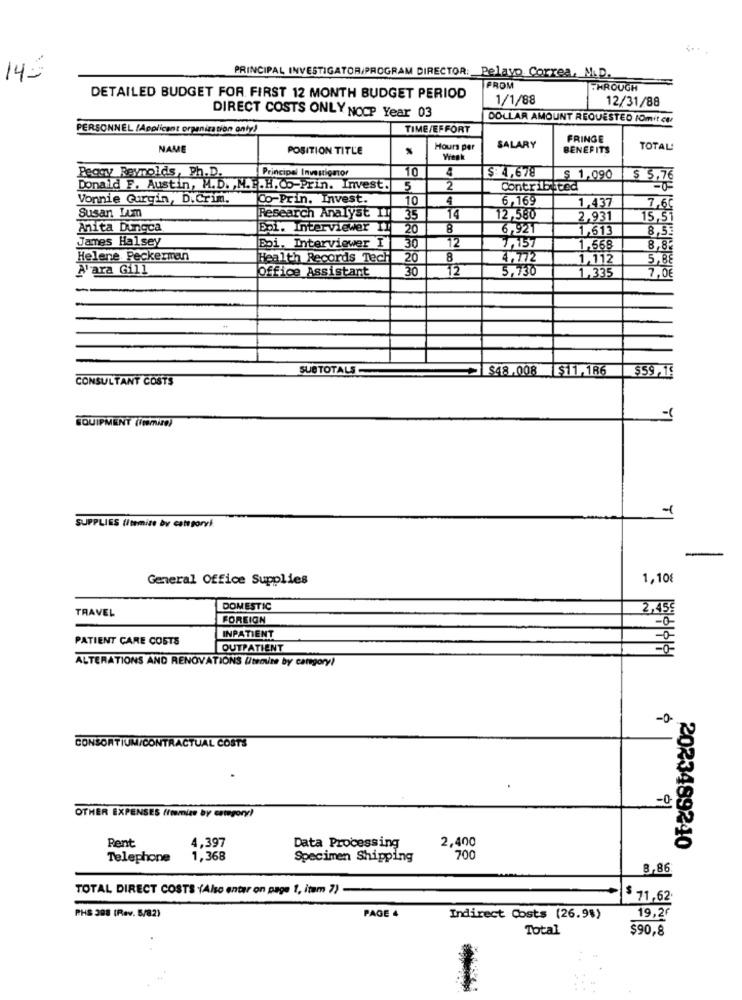
145
PRINCIPAL INVESTIGATOR/PROGRAM DIRECTOR: Pelayo Correa, M.D.
FROM
THROUGH
DETAILED BUDGET FOR FIRST 12 MONTH BUDGET PERIOD
1/1/88
12/31/88
DIRECT COSTS ONLY NOCP Year 03
DOLLAR AMOUNT REQUESTED IOmit co
PERSONNEL (Applicant organization onty)
TIME/EFFORT
FRINGE
NAME
POSITION TITLE
%
Hours per
SALARY
BENEFITS
TOTAL!
Weak
Principal Investigator
10
$: 4,678
Peggy Reynolds, Ph.D.
$ 1,090
$ 5.76
Donald F. Austin, M.D. N.P.H.C .- Prin. Invest.
5
2
Contribiced
Vonnie Gurgin, D.Crim.
JCo-Prin. Invest.
10
4
6,169
1.437
7,60
Susan Lim
Research Analyst I!
35
14
12,580
2,931
15,51
Anita Dungca
Eol. Interviewer IT
20
8
6,921
1,613
8,53
James Halsey
Epi. Interviewer I
12
30
7,157
1.568
8,8
Helene. Peckerman
Health Records Tech
20
8
4,772
1,112
5,88
A'ara Gill
Office Assistant
30
12
5,730
1.335
7,0€
SUB TOTALS
$48,008
$11,186
$59,19
CONSULTANT COSTS
EQUIPMENT (İçmire)
-1
SUPPLIES (Itemize bv categoryk
General Office Supplies
1,10€
TRAVEL
DOMESTIC
2,45€
FOREIGN
PATIENT CARE COSTS
INPATIENT
OUTPATIENT
ALTERATIONS AND RENOVATIONS U/temize by category!
-0
CONSORTIUM/CONTRACTUAL COSTS
-0
OTHER EXPENSES fimmize by category)
Rent
4,397
2,400
Data Processing
2023489240
Telephone
1,368
Specimen Shipping
700
8,86
TOTAL DIRECT COSTS (Also entar on page 1, item 7)-
71,62
PHS 398 (Rev. 5/82)
PAGE 4
Indirect Costs (26.9%)
19,2€
Total
$90,8